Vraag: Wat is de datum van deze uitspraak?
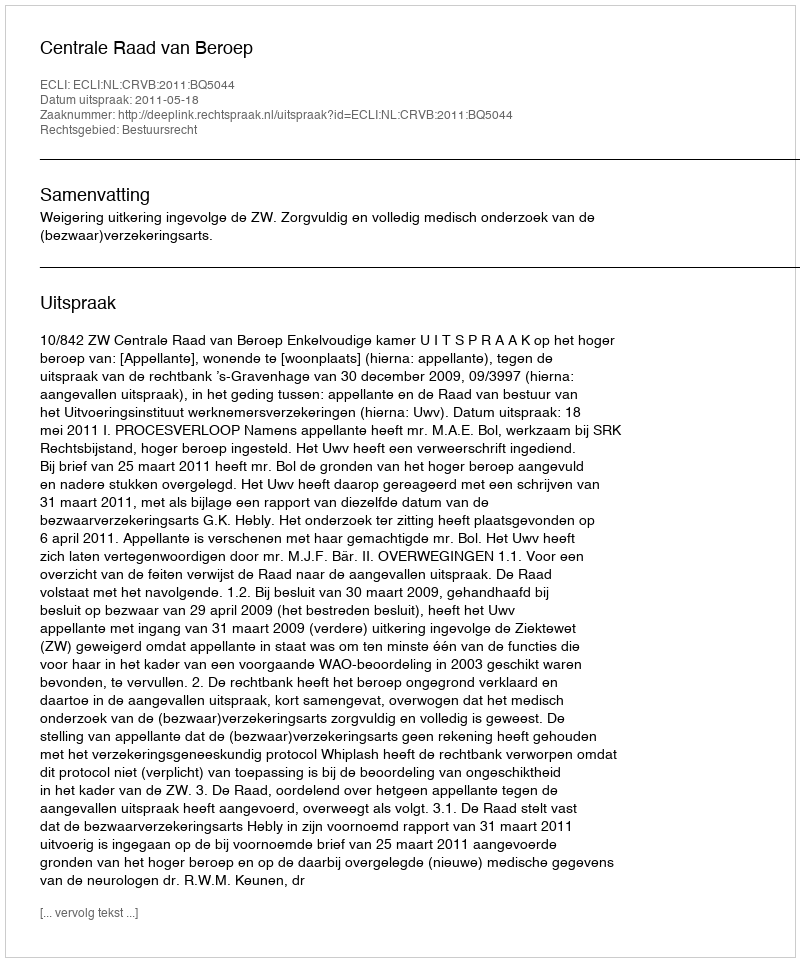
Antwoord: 2011-05-18